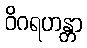
ဝိဂရဟန္တာ